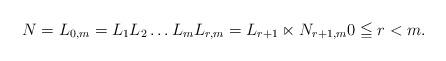
LaTeX: \begin{align*}N = L_{0,m} = L_1L_2\dots L_m L_{r,m} = L_{r+1} \ltimes N_{r+1,m} 0 \leqq r < m.\end{align*}